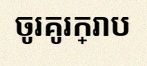
ចូរគូរក្រាប